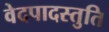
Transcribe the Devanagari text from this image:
वेदपादस्तुति